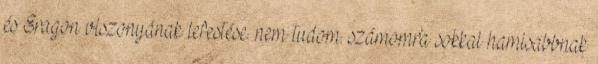
és Eragon viszonyának lefestése. nem tudom. számomra sokkal hamisabbnak